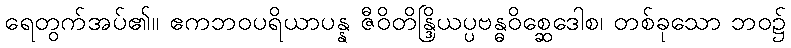
ရေတွက်အပ်၏။ ဧကဘဝပရိယာပန္န ဇီဝိတိန္ဒြိယပ္ပဗန္ဓဝိစ္ဆေဒေါစ၊ တစ်ခုသော ဘဝ၌